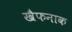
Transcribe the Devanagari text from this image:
खैफनाक